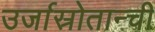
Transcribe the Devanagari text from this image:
उर्जास्रोतान्ची